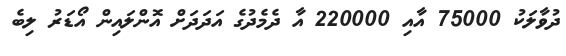
ދުވާލަކު 75000 އާއި 220000 އާ ދެމެދުގެ އަދަދަށް އޮންލައިން އޯޑަރު ލިބެ